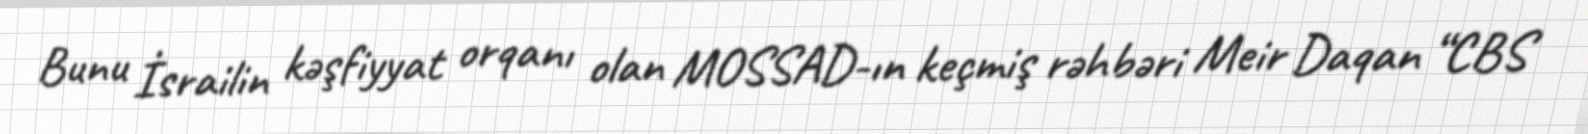
Bunu İsrailin kəşfiyyat orqanı olan MOSSAD-ın keçmiş rəhbəri Meir Daqan “CBS